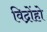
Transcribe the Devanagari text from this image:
विद्रोंहो